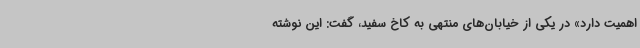
اهمیت دارد» در یکی از خیابان‌های منتهی به کاخ سفید، گفت: این نوشته